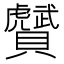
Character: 𧸾